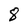
Character: 8